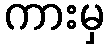
ကားမှ